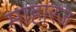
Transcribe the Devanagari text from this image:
माहारज